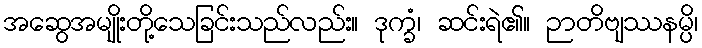
အဆွေအမျိုးတို့သေခြင်းသည်လည်း။ ဒုက္ခံ၊ ဆင်းရဲ၏။ ဉာတိဗျဿနမ္ပိ၊